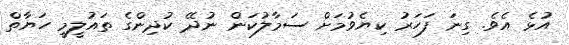
އުޅެ އެވެ. ގިނަ ފަހަރު ކިޔެވުމަށް ސަމާލުކަން ނުދޭ ކުދިންގެ ތައުލީމީ ހަޔާތް